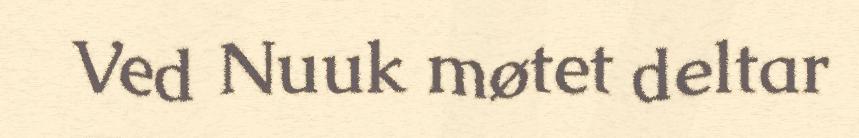
Ved Nuuk møtet deltar